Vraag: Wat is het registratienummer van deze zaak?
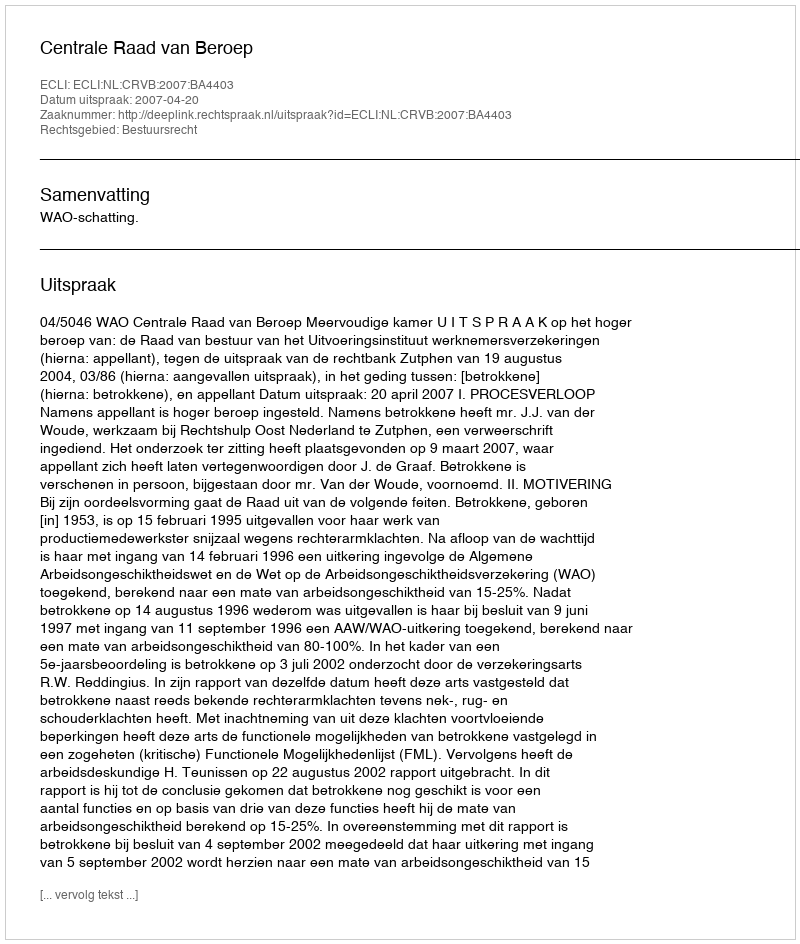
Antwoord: http://deeplink.rechtspraak.nl/uitspraak?id=ECLI:NL:CRVB:2007:BA4403